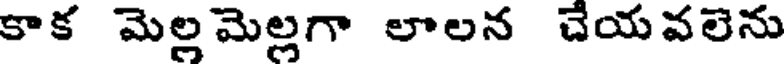
కాక మెల్ల మెల్లగా లాలన చేయవలెను